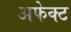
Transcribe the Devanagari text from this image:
अफेक्ट